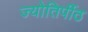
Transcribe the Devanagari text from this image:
ज्योतिर्पीठ